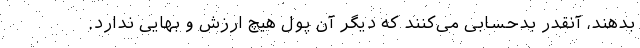
بدهند، آنقدر بدحسابی می‌کنند که دیگر آن پول هیچ ارزش و بهایی ندارد.